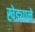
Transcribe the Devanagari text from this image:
खेड्याने